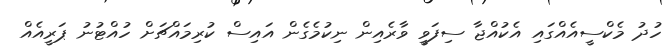
ހުދު މެކްސީއެއްގައި އެކުއްޖާ ސިފަވީ ވާރެއިން ނިކުމެގެން އައިސް ކުރިމައްޗަށް ހުއްޓުނު ޕަރީއެއް